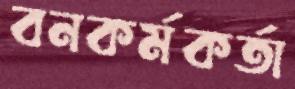
বনকর্মকর্তা